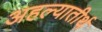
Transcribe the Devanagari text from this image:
अहल्यातीर्थ